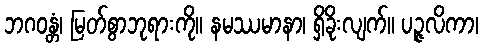
ဘဂဝန္တံ၊ မြတ်စွာဘုရားကို။ နမဿမာနာ၊ ရှိခိုးလျက်။ ပဉ္ဇလိကာ၊